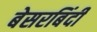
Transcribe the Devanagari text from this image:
बेसरबिंदी